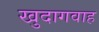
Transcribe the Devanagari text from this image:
खुदागवाह